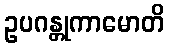
ဥပဂန္တုကာမောတိ